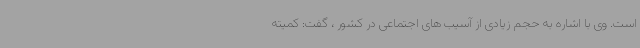
است. وی با اشاره به حجم زیادی از آسیب های اجتماعی در کشور ، گفت: کمیته